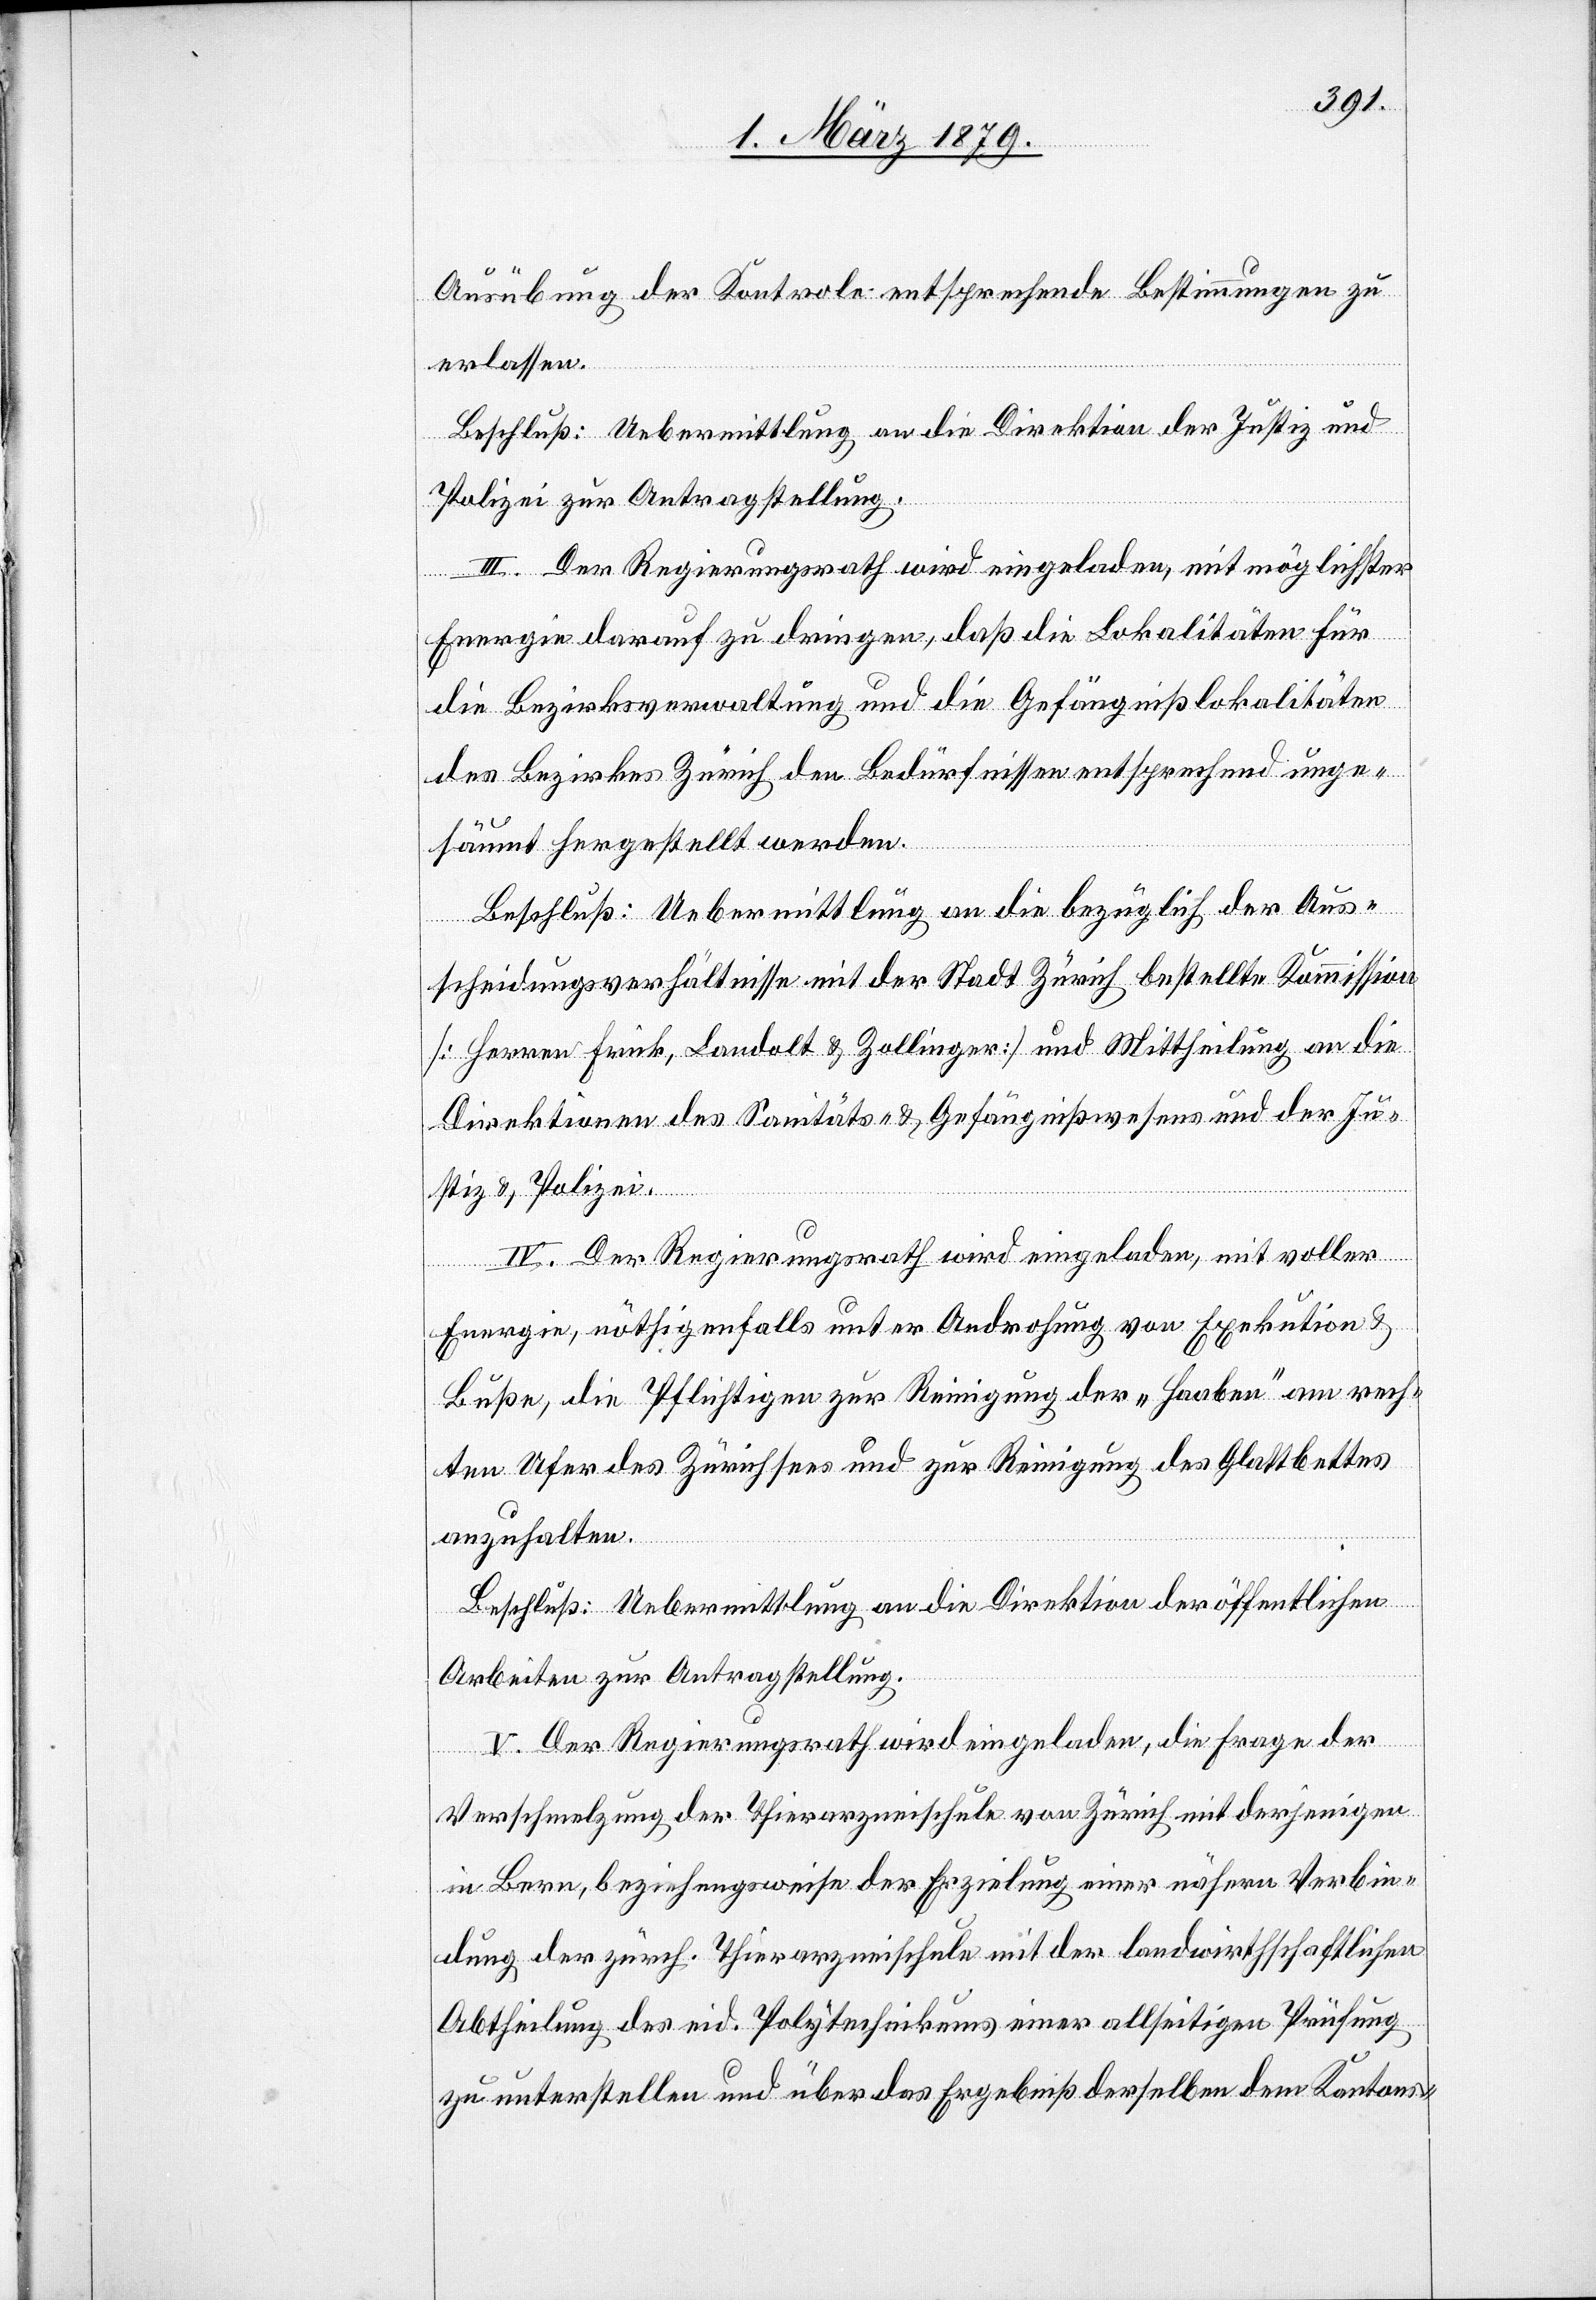
Ausübung der Kontrole entsprechende Bestimmungen zu
erlassen.
Beschluß: Uebermittlung an die Direktion der Justiz und
Polizei zur Antragstellung.
III. Der Regierungsrath wird eingeladen, mit möglichster
Energie darauf zu dringen, daß die Lokalitäten für
die Bezirksverwaltung und die Gefängnißlokalitäten
des Bezirkes Zürich den Bedürfnissen entsprechend unge¬
säumt hergestellt werden.
Beschluß: Uebermittlung an die bezüglich der Aus¬
scheidungsverhältnisse mit der Stadt Zürich bestellte Kommission
[Herren Frick, Landolt & Zollinger] und Mittheilung an die
Direktionen des Sanitäts- & Gefängnißwesens und der Ju¬
vo¬
stiz & Polizei.
IV. Der Regierungsrath wird eingeladen, mit voller
Energie, nöthigenfalls unter Androhung von Exekution &
Buße, die Pflichtigen zur Reinigung der „Haaben“ am rech¬
ten Ufer des Zürichsees und zur Reinigung des Glattbettes
anzuhalten.
Beschluß: Uebermittlung an die Direktion der öffentlichen
Arbeiten zur Antragstellung.
V. Der Regierungsrath wird eingeladen, die Frage der
Verschmelzung der Thierarzneischule von Zürich mit derjenigen
n Bern, beziehungsweise der Erzielung einer nähern Verbin¬
dung der zürch. Thierarzneischule mit der landwirthschaftlichen
Abtheilung des eid. Polytechnikums einer allseitigen Prüfung
zu unterstellen und über das Ergebniß derselben dem Kantons-